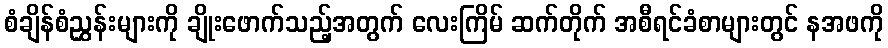
စံချိန်စံညွှန်းများကို ချိုးဖောက်သည့်အတွက် လေးကြိမ် ဆက်တိုက် အစီရင်ခံစာများတွင် နအဖကို